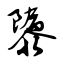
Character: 隳